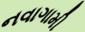
નવાગામી